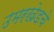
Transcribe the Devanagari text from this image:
उमरखेडचे